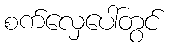
စက်လှေပေါ်တွင်